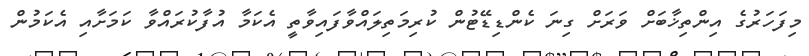
މިފަހަރުގެ އިންތިޚާބަށް ވަރަށް ގިނަ ކެންޑިޑޭޓުން ކުރިމަތިލައްވާފައިވާތީ އެކަމާ އުފާކުރައްވާ ކަމަށާއި އެކަމުން